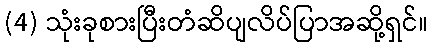
(4) သုံးခုစားပြီးတံဆိပျလိပ်ပြာအဆို့ရှင်။